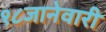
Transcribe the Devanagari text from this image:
१८जानेवारी